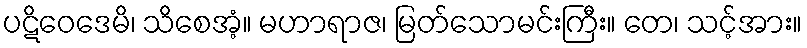
ပဋိဝေဒေမိ၊ သိစေအံ့။ မဟာရာဇ၊ မြတ်သောမင်းကြီး။ တေ၊ သင့်အား။